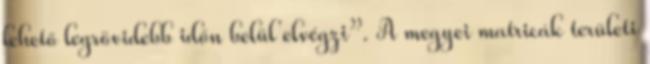
lehető legrövidebb időn belül elvégzi”. A megyei matricák területi